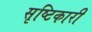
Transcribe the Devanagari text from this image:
सृष्टिकारी